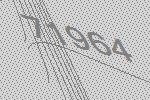
71964